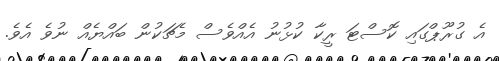
އެ ގުރޫޕްގައި ކޮސްޓަ ރީކާ ކުޅުނު އެއްވެސް މެޗަކުން ބައްޔެއް ނުވެ އެވެ.